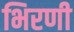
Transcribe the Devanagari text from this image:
भिरणी